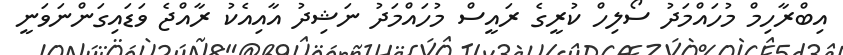
އިބްރާހިމް މުހައްމަދު ސޯލިހް ކުރީގެ ރައީސް މުހައްމަދު ނަޝިދު އާއިއެކު ރާއްޖެ ވަޑައިގަންނަވަނީ